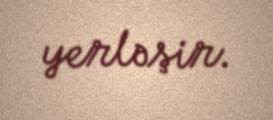
yerləşir.